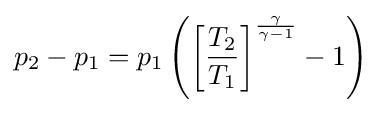
p_{2}-p_{1}=p_{1}\left(\left[{\frac {T_{2}}{T_{1}}}\right]^{\frac {\gamma }{\gamma -1}}-1\right)